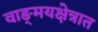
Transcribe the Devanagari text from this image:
वाङ्‌मयक्षेत्रात